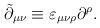
LaTeX: \begin{align*}\tilde{\partial}_{\mu \nu }\equiv \varepsilon _{\mu \nu \rho }\partial ^\rho.\end{align*}